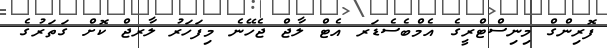
ފޮރިންގް މިނިސްޓްރީގެ އެމްބެސެޑަރ އެޓް ލާޖް ޖެހޭނެ މިފަހަރު ލާރޖް ކޮށް ގަތަރުގެ